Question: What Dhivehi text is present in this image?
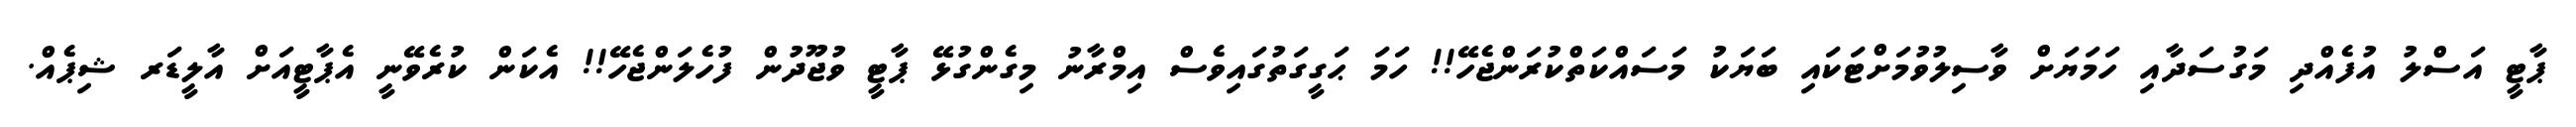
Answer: ޕާޓީ އަސްލު އުފެއްދި މަގުސަދާއި ހަމަޔަށް ވާސިލުވުމަށްޓަކައި ބަޔަކު މަސައްކަތްކުރަންޖެހޭ!! ހަމަ ޙަގީގަތުގައިވެސް އިމްރާނު މިގެންގުޅޭ ޕާޓީ ވުޖޫދުން ފުހެލަންޖެހޭ!! އެކަން ކުރެވޭނީ އެޕާޓީއަށް އާލީޑަރ ޝިޕެއް.